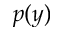
p ( y )